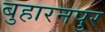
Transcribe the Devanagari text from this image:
बुहारनपुर